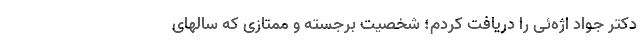
دکتر جواد اژه‌ئی را دریافت کردم؛ شخصیت برجسته و ممتازی که سالهای